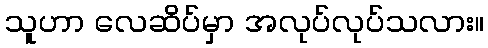
သူဟာ လေဆိပ်မှာ အလုပ်လုပ်သလား။